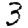
Digit: 3